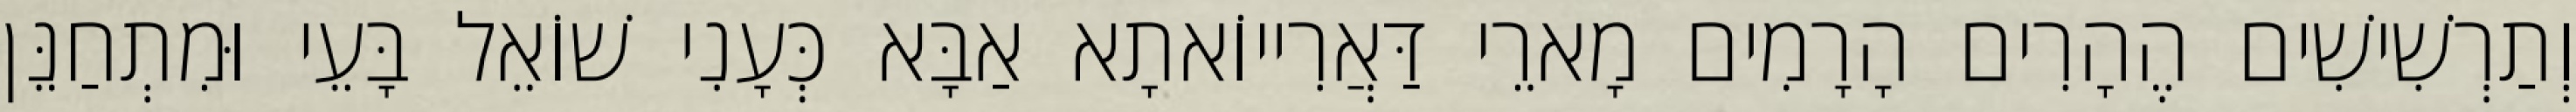
וְתַרְשִׁישִׁים הֶהָרִים הָרָמִים מָארֵי דַּאֲרִייוֹאתָא אַבָּא כְּעָנִי שׁוֹאֵל בָּעֵי וּמִתְחַנֵּן